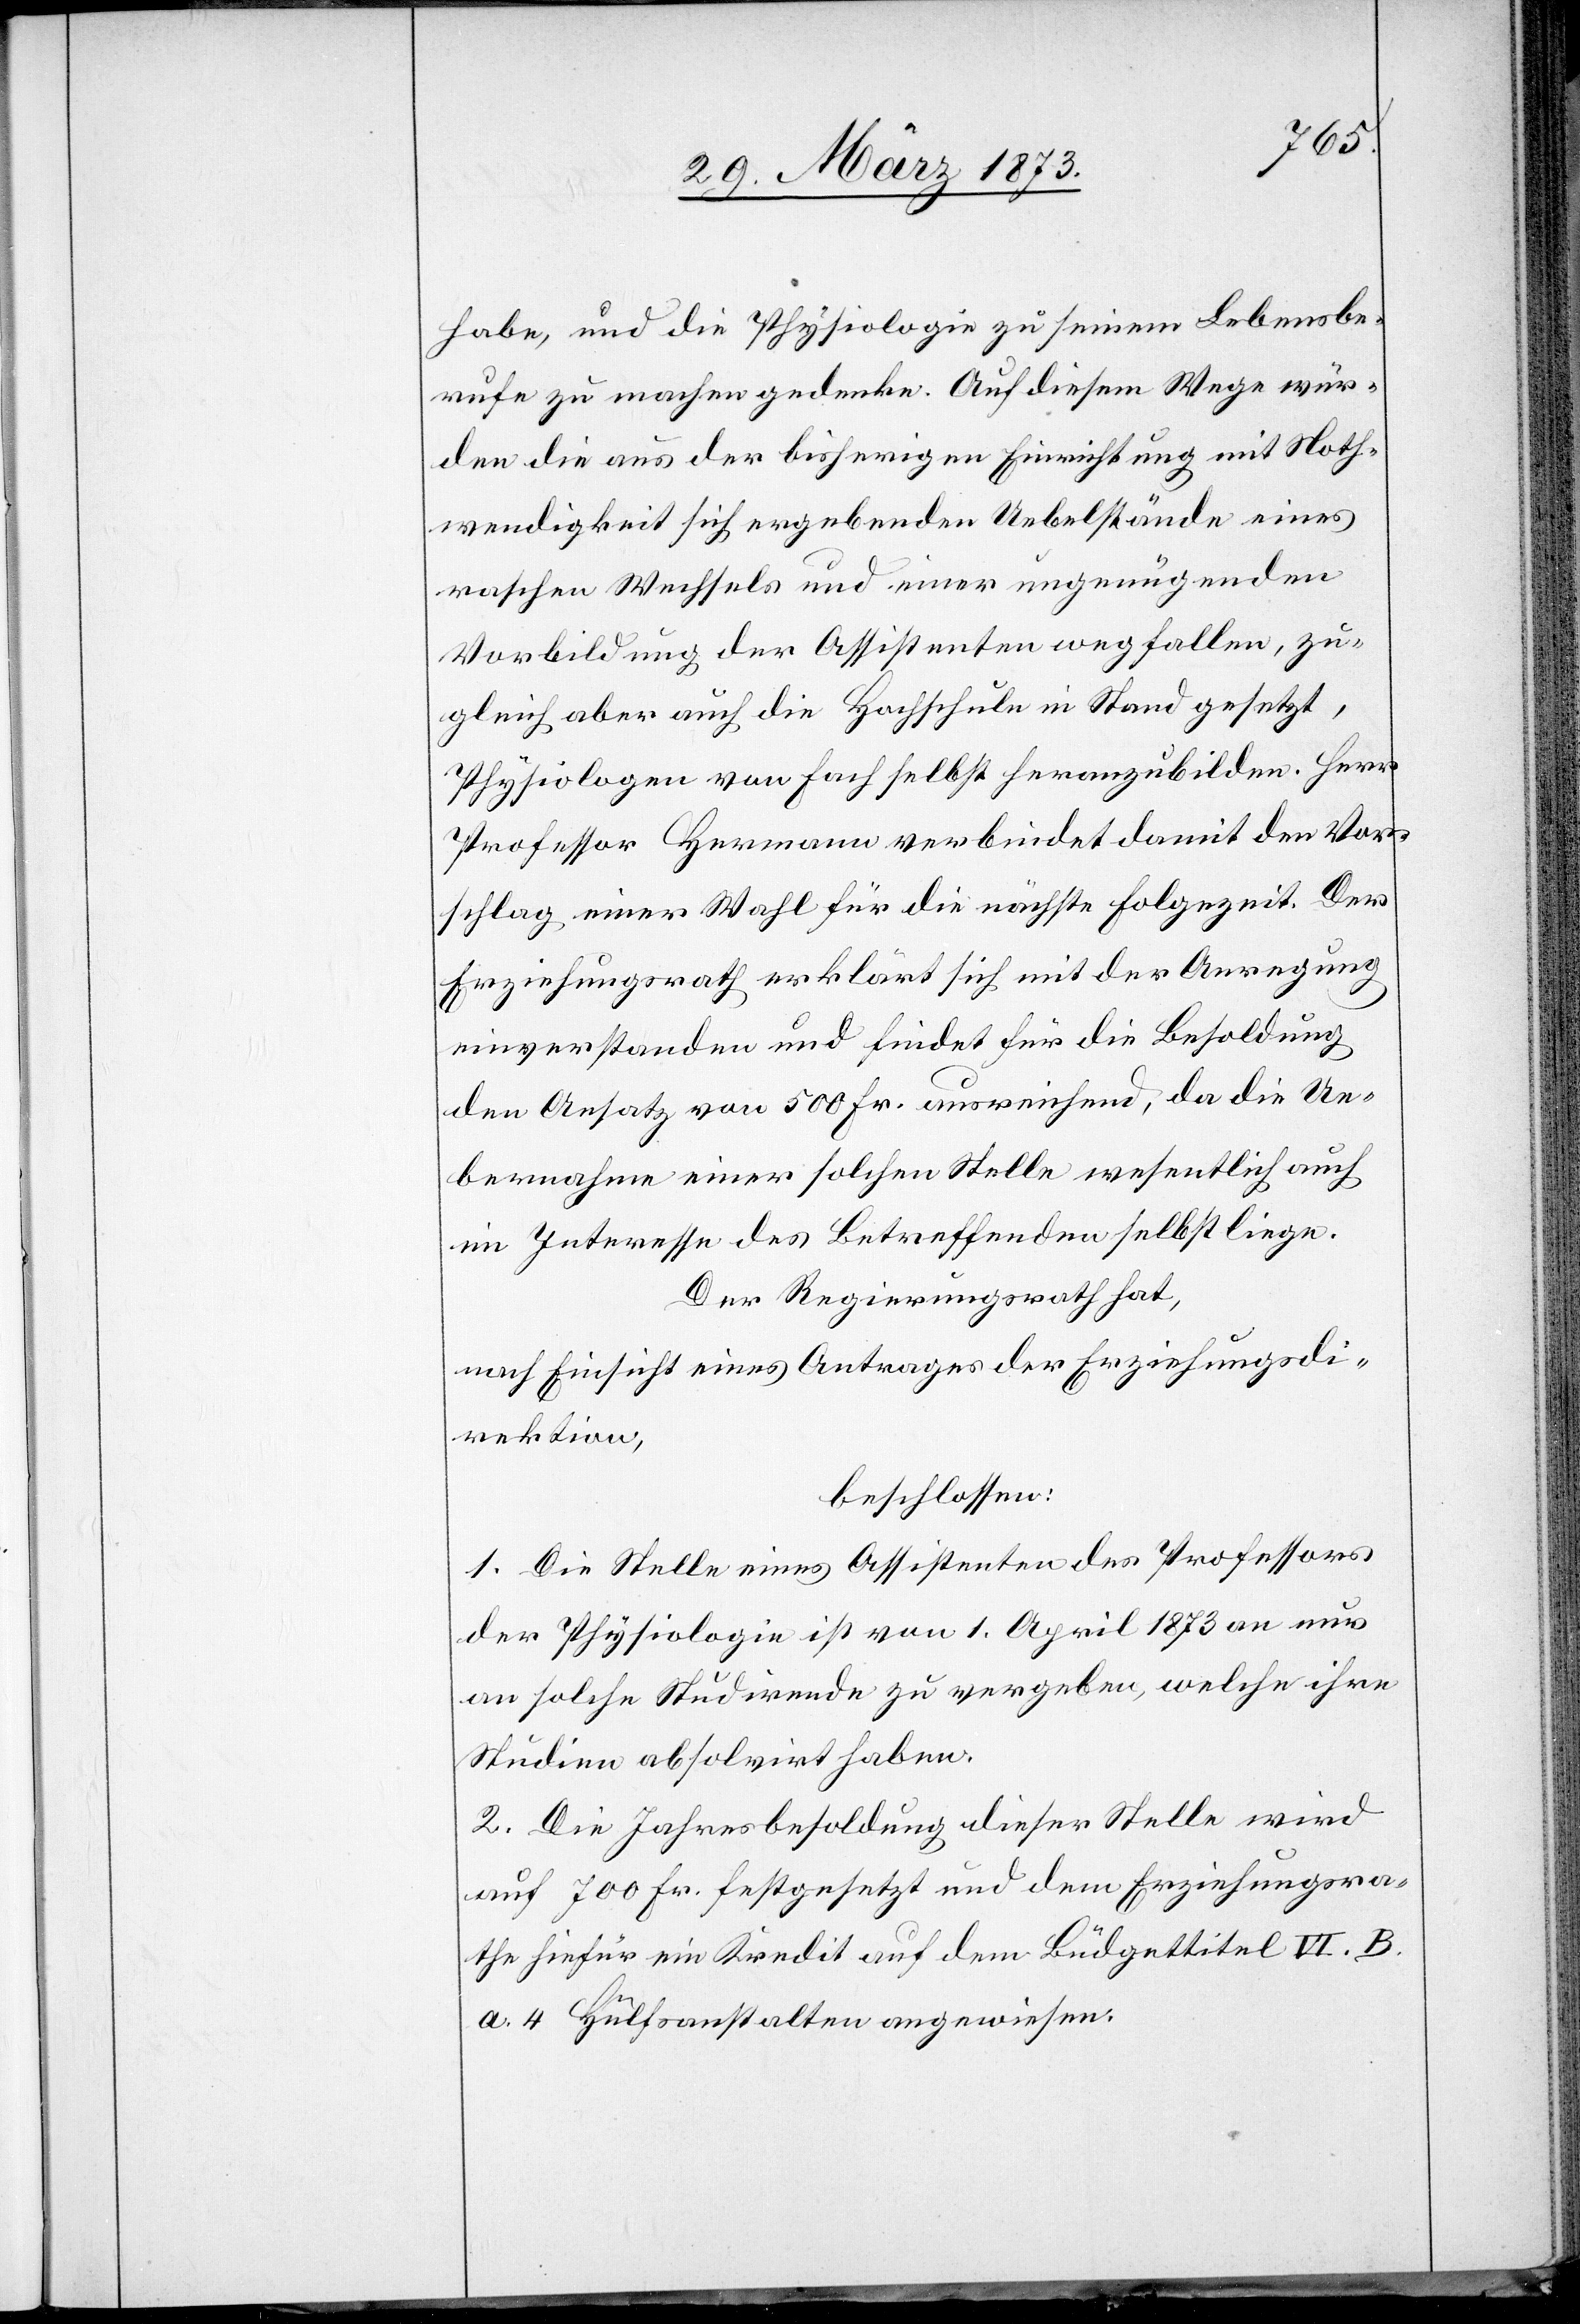
habe, und die Physiologie zu seinem Lebensbe¬
rufe zu machen gedenke. Auf diesem Wege wür¬
den die aus der bisherigen Einrichtung mit Noth¬
wendigkeit sich ergebenden Uebelstände eines
raschen Wechsels und einer ungenügenden
Vorbildung der Assistenten wegfallen, zu¬
gleich aber auch die Kochschule in Stand gesetzt,
Physiologen von Fach selbst heranzubilden. Herr
Professor Hermann [sic!] verbindet damit den Vor¬
schlag einer Wahl für die nächste Folgezeit. Der
Erziehungsrath erklärt sich mit der Anregung
einverstanden und findet für die Besoldung
den Ansatz von 500 Fr. ausreichend, da die Ue¬
bernahme einer solchen Stelle wesentlich auch
im Interesse des Betreffenden selbst liege.
Der Regierungsrath hat,
nach Einsicht eines Antrages der Erziehungsdi¬
rektion,
beschlossen:
1. Die Stelle eines Assistenten des Professors
der Physiologie ist von 1. April 1873 an nur
an solche Studirende zu vergeben, welche ihre
Studien absolvirt haben.
2. Die Jahresbesoldung dieser Stelle wird
auf 700 Fr. festgesetzt und dem Erziehungsra¬
the hiefür ein Kredit auf dem Büdgettitel VI. B.
a. 4 Hülfsanstalten angewiesen.